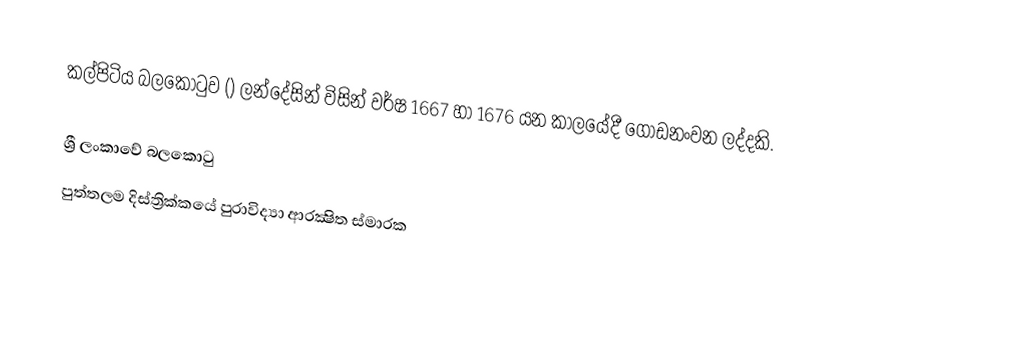
කල්පිටිය බලකොටුව () ලන්දේසින් විසින් වර්ෂ 1667 හා 1676 යන කාලයේදී ගොඩනංවන ලද්දකි.

ශ්‍රී ලංකාවේ බලකොටු
පුත්තලම දිස්ත්‍රික්කයේ පුරාවිද්‍යා ආරක්‍ෂිත ස්මාරක